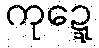
ကုဍ္ဍေ